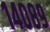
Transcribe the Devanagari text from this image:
१४०८९